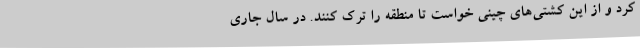
کرد و از این کشتی‌های چینی خواست تا منطقه را ترک کنند. در سال جاری